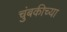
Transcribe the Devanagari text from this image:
चुंबकीच्या